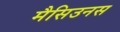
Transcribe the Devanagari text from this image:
मैसिउनस